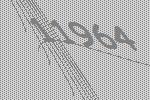
11964